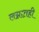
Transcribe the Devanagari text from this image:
लग्नातही